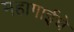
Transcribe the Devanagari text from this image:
महागाईचे